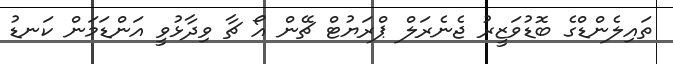
ތައިލެންޑްގެ ބޮޑުވަޒީރު ޖެނެރަލް ޕްރަޔުޓް ޗޭން އޯ ޗާ ވިދާޅުވީ އަންޑަމަން ކަނޑު